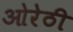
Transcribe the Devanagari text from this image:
ओरेठी